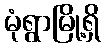
မုံရွာမြို့ရှိ